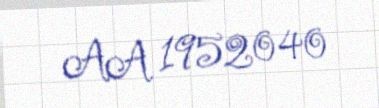
AA 1952040